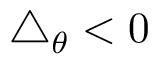
\triangle _ { \theta } < 0